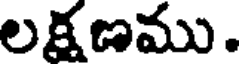
లక్షణము.